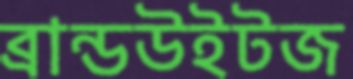
ব্রান্ডউইটজ